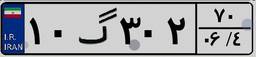
۱۰گ۳۰۲۷۰